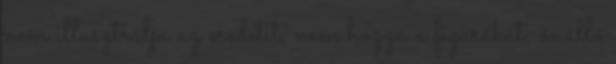
nem illusztrálja az eredetit, nem hozza a figurákat, önálló